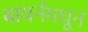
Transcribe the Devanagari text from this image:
बायर्नमधून